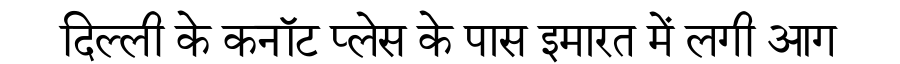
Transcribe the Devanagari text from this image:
दिल्ली के कनॉट प्लेस के पास इमारत में लगी आग